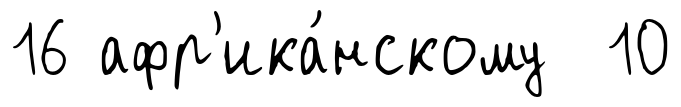
16 афр'ика́нскому 10